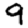
Digit: 9